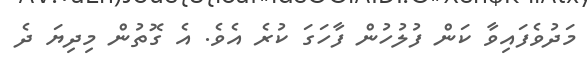
މަދުވެފައިވާ ކަން ފުލުހުން ފާހަގަ ކުރެ އެވެ. އެ ގޮތުން މިދިޔަ ދެ